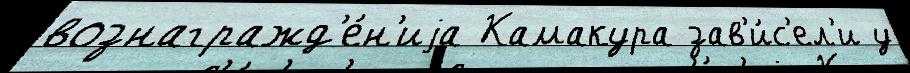
вознагражд'е́н'иjа Камакура зав'и́с'ел'и у